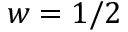
w = 1 / 2